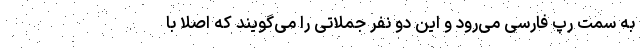
به سمت رپ فارسی می‌رود و این دو نفر جملاتی را می‌گویند که اصلا با